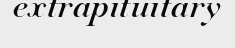
extrapituitary